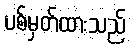
ပစ်မှတ်ထားသည်